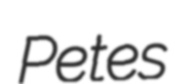
Petes